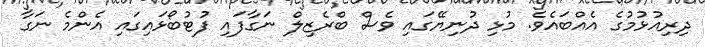
ދިރިއުޅުމުގެ އެއްބައެވެ. މުޅި ދުނިޔޭގައި ވެސް ބްރެޒިލް ނަގާފައި ފުޓުބޯޅައިގައި އެންމެ ނަގާ